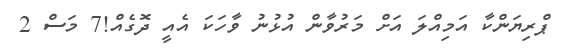
ޕްރިޔަންކާ އަމިއްލަ އަށް މަރުވާން އުޅުނު ވާހަކަ އެއީ ދޮގެއް!7 މަސް 2